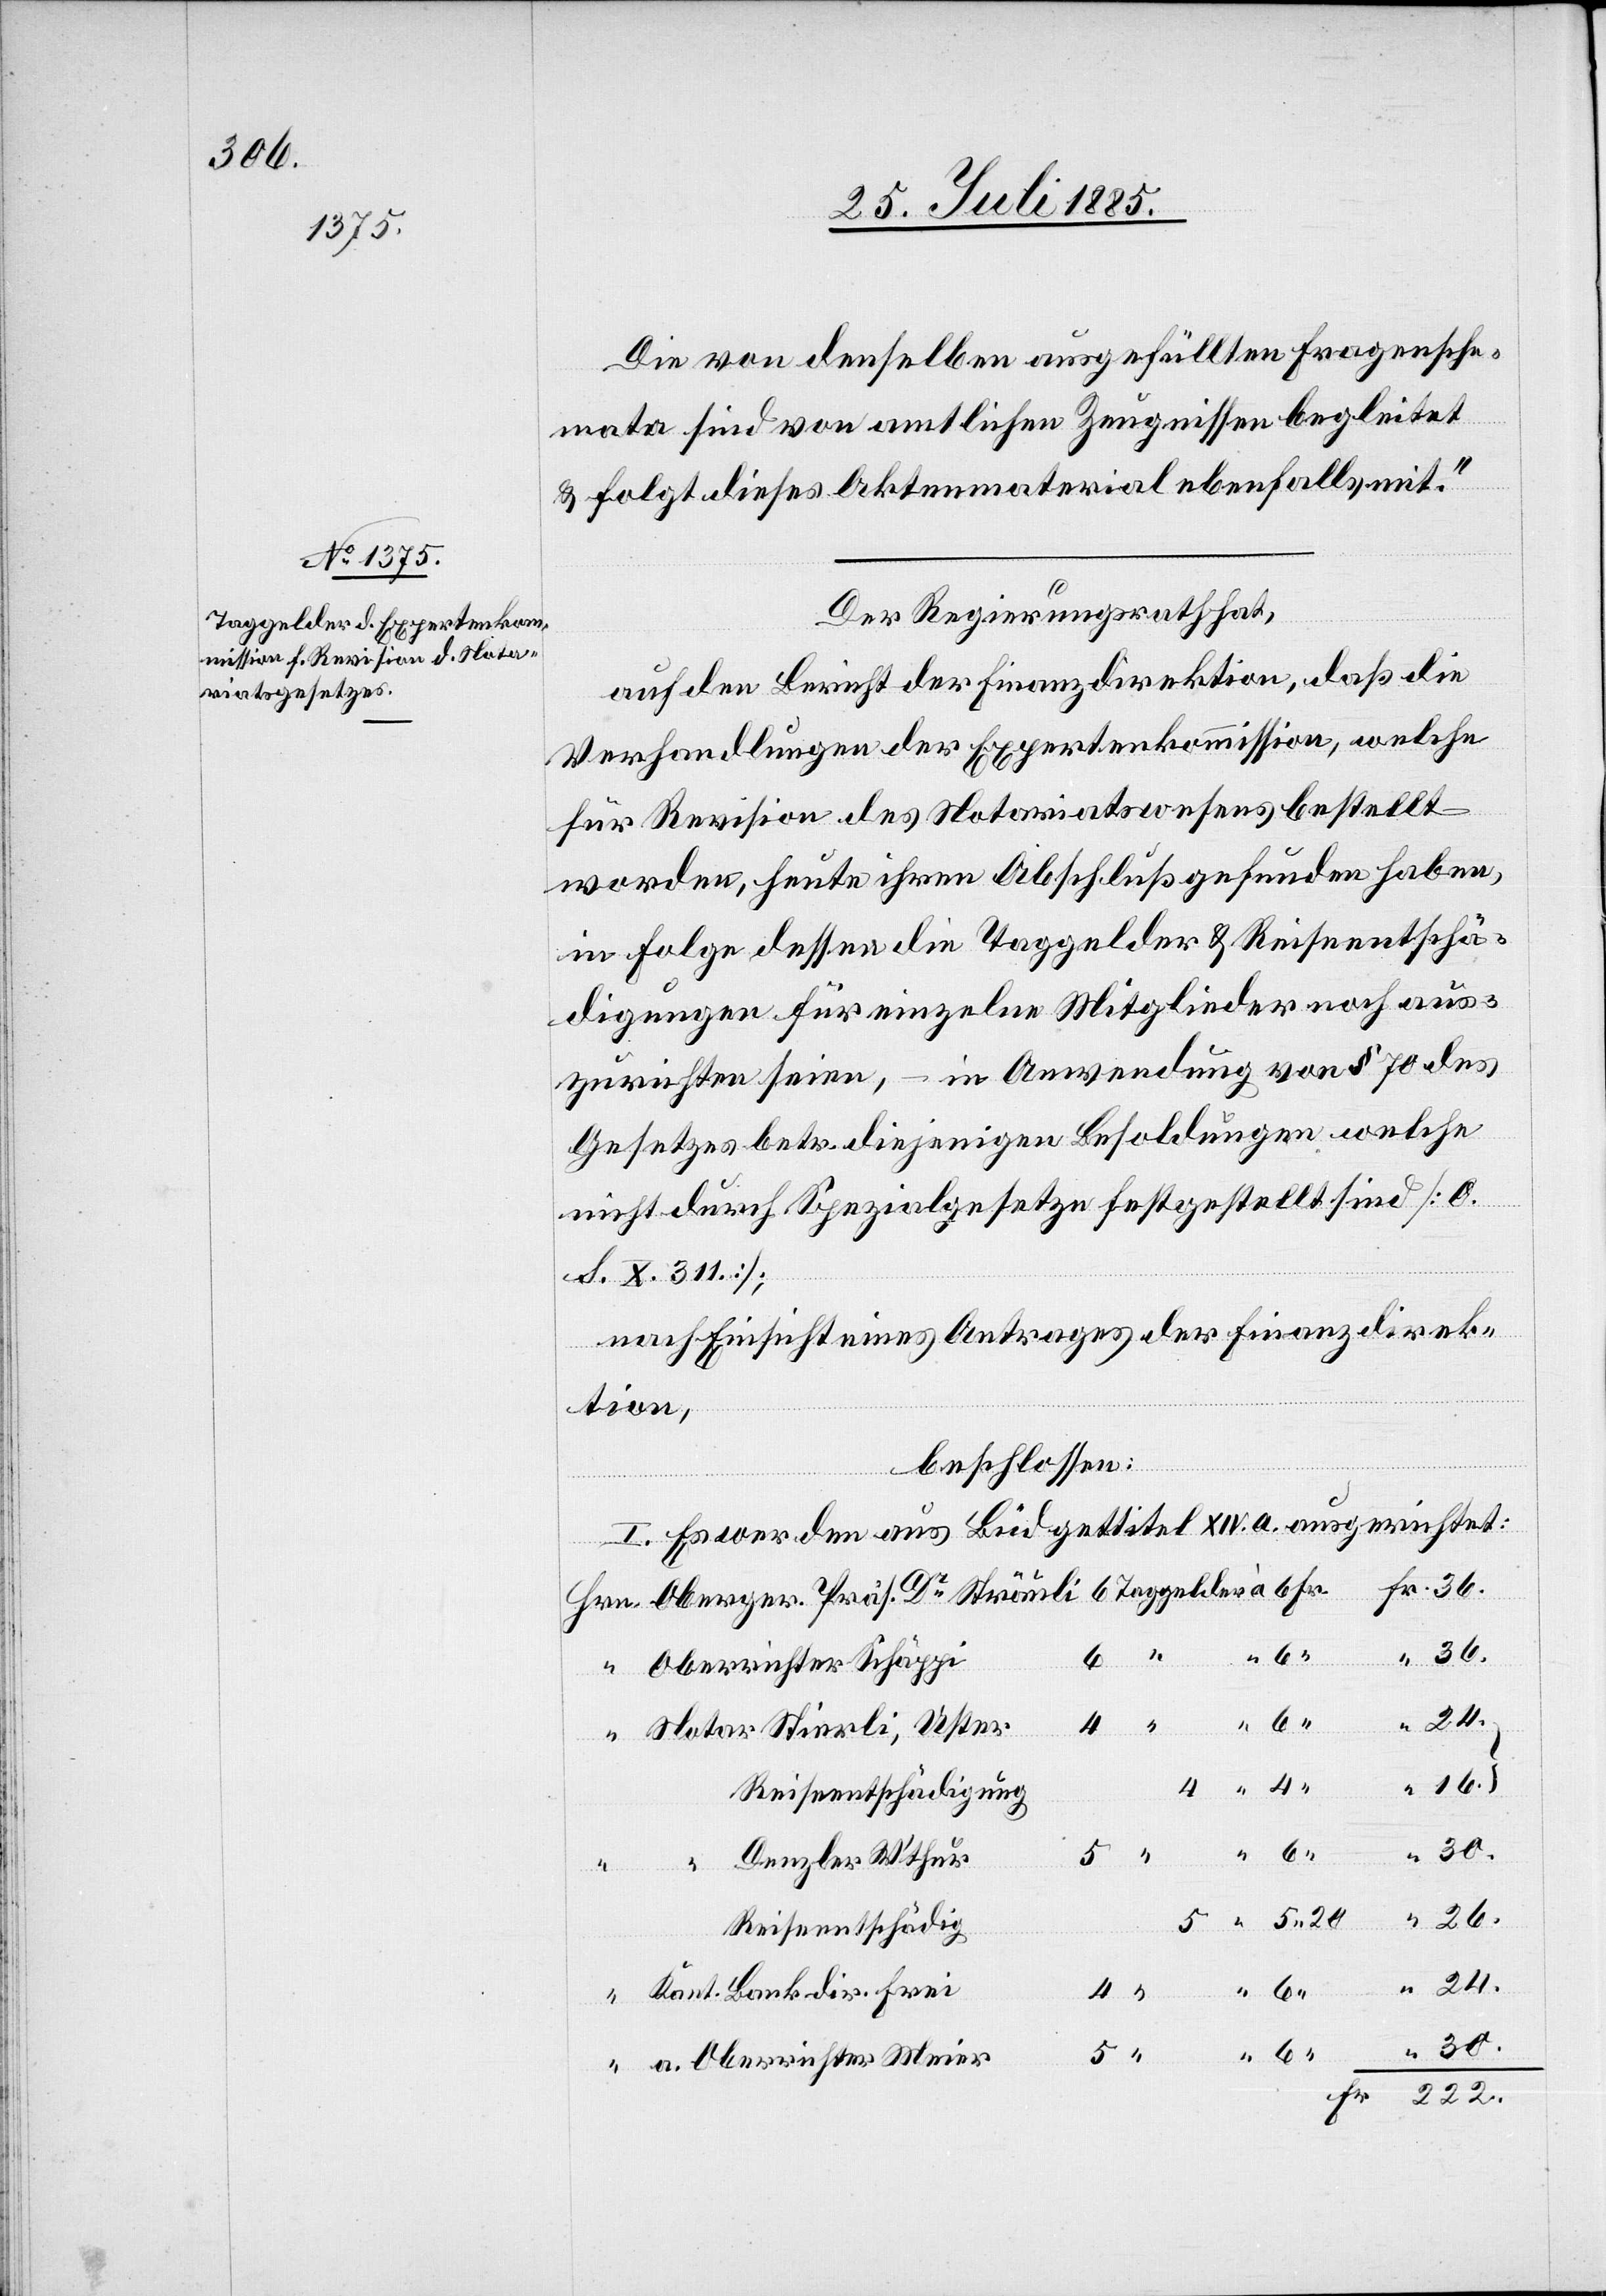
Die von denselben ausgefüllten Fragensche¬
mata sind von amtlichen Zeugnissen begleitet
5 20
& folgt dieses Aktenmaterial ebenfalls mit.“
Der Regierungsrath hat,
auf den Bericht der Finanzdirektion, daß die
Verhandlungen der Expertenkommission, welche
für Revision des Notariatswesens bestellt
worden, heute ihren Abschluß gefunden haben,
in Folge dessen die Taggelder & Reiseentschä¬
digungen für einzelne Mitglieder noch aus¬
zurichten seien, – in Anwendung von § 70 des
Gesetzes betr. diejenigen Besoldungen welche
nicht durch Spezialgesetze festgestellt sind [O.
S. X. 311];
nach Einsicht eines Antrages der Finanzdirek¬
tion,
beschlossen:
I. Es werden aus Büdgetitel XIV. a. ausgerichtet:
“
Oberrichter Schäppi
Fr.
222.
4
26.
Reiseentschädigung
30.
Denzler W’thur
Reisentschädig.
Kant.
Bankdir.
a. Oberrichter Meier